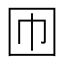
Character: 𡆫